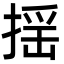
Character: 揺